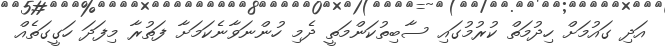
އަދި ގައުމަށް ހިދުމަތް ކުރުމުގައި ސާބިތުކަންމަތީ ދެމި ހުންނަވާނެކަމަށާ ފަތުރާ މިފަދަ ހަގީގަތެއް